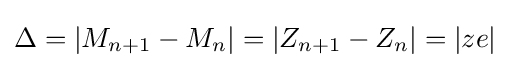
\Delta =|M_{n+1}-M_{n}|=|Z_{n+1}-Z_{n}|=|ze|